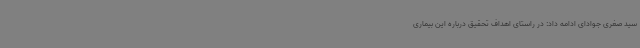
سید صغری جوادای ادامه داد: در راستای اهداف تحقیق درباره این بیماری